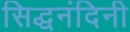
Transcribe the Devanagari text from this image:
सिद्धनंदिनी